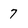
Character: 7